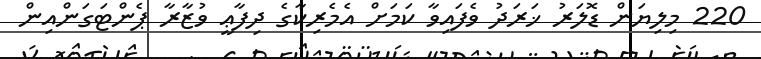
220 މިލިޔަން ޑޮލަރު ޚަރަދު ވެފައިވާ ކަމަށް އެމެރިކާގެ ދިފާޢީ ވުޒާރާ ޕެންޓަގަންއިން